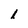
Character: l